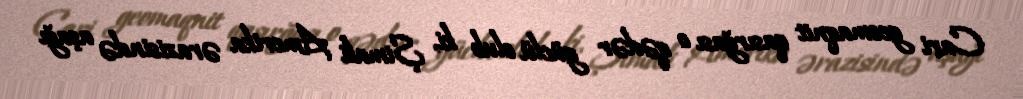
Cari geomaqnit qasırğası o qədər güclü olub ki, Şimali Amerika ərazisində aşağı